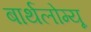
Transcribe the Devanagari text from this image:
बार्थलोम्यू